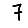
Digit: 7